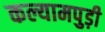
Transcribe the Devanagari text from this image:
कल्यामपुड़ी